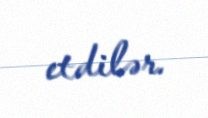
etdilər.